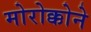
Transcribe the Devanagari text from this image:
मोरोक्कोने